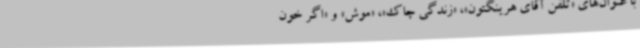
با عنوان‌های «تلفن آقای هرینگتون»، «زندگی چاک»‌،‌ «موش» و «‌اگر خون